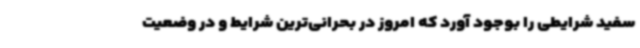
سفید شرایطی را بوجود آورد که امروز در بحرانی‌ترین شرایط و در وضعیت